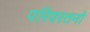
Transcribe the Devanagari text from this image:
परिवरतनों